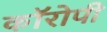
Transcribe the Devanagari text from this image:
कॉरोपी